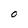
Character: O